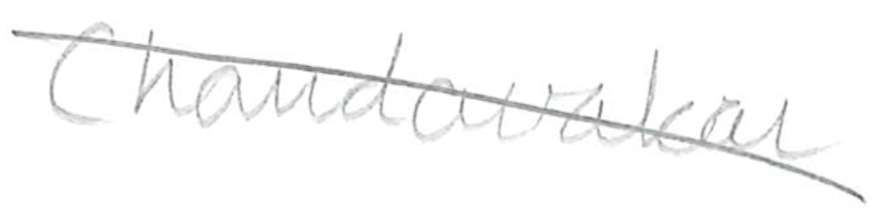
Text: Chandavarkar
Cross-out: mix
Writing tool: pencil